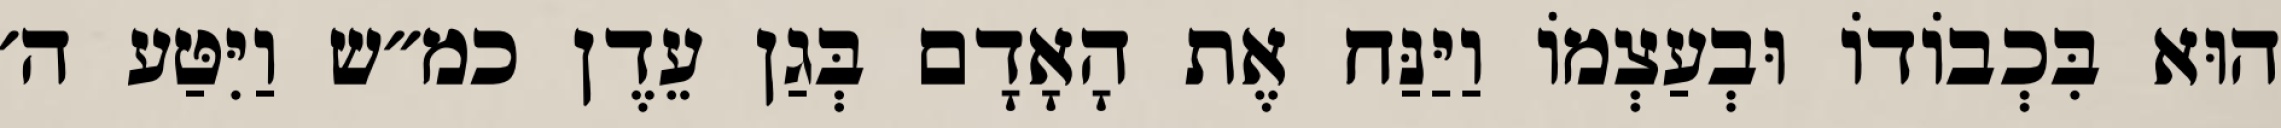
הוּא בִּכְבוֹדוֹ וּבְעַצְמוֹ וַיַּנַּח אֶת הָאָדָם בְּגַן עֵדֶן כמ״ש וַיִּטַּע ה׳